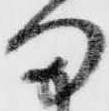
ま